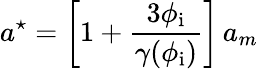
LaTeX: a^{\star}=\left[1+\frac{3\phi_{\mathrm{i}}}{\gamma(\phi_{\mathrm{i}})}\right]\, a_{m}